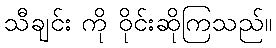
သီချင်း ကို ဝိုင်းဆိုကြသည်။